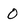
Character: O